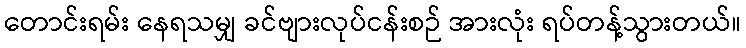
တောင်းရမ်း နေရသမျှ ခင်ဗျားလုပ်ငန်းစဉ် အားလုံး ရပ်တန့်သွားတယ်။